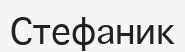
Стефаник